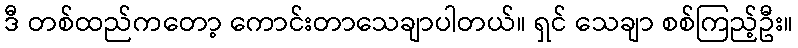
ဒီ တစ်ထည်ကတော့ ကောင်းတာသေချာပါတယ်။ ရှင် သေချာ စစ်ကြည့်ဦး။